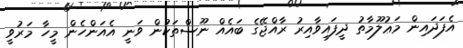
އެފަދައިން މަޢުލޫމާތު ދީފައިވާއިރު ރާއްޖޭގެ ބައެއް ނޫސްތަކުން ވަނީ އެއަންހެން މީހާ މަރުވީ